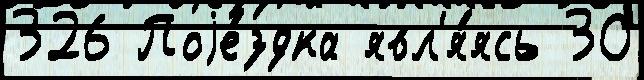
326 Поjе́здка явл'я́ясь 30